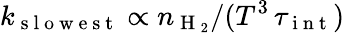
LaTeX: k_{\mathrm{~s~l~o~w~e~s~t~}}\propto n_{\mathrm{~H~}_{2}}/(T^{3}\, \tau_{\mathrm{~i~n~t~}})